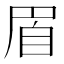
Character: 𦤋